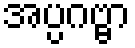
အပ္ပဂဗ္ဗာ